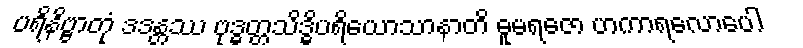
ပရိနိဗ္ဗာတုံ ဒဒန္တဿ ဗုဒ္ဓတ္တသိဒ္ဓိပရိယောသာနာတိ ဓူမရဇော ဟကာရလောပေါ